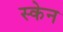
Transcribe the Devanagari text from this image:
स्‍केन